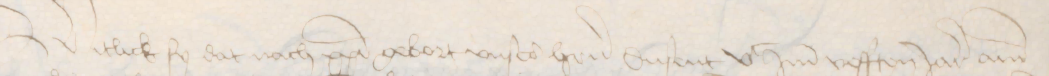
Witlick sy dat nach christi gebort vnse heren dusent vc ind vefften Jar ann